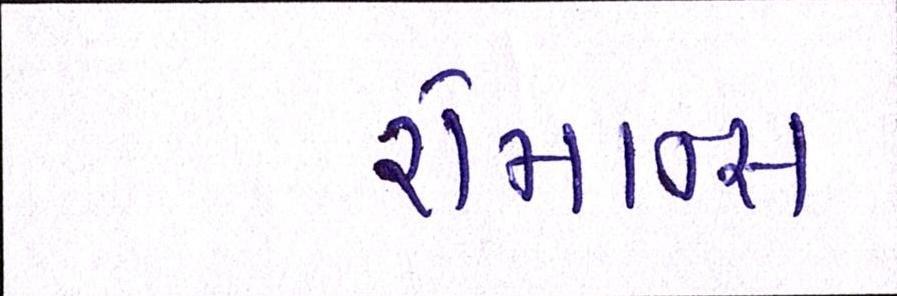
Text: રોમાન્સ